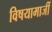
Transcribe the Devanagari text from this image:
विषयामाजीं